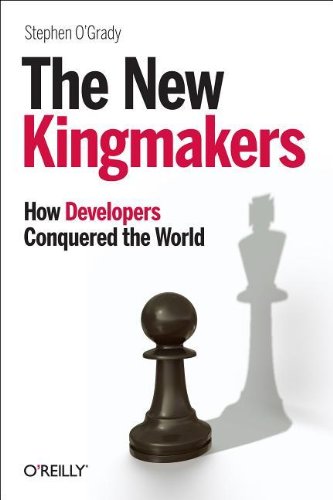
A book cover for The New Kingmakers; Stephen O'Grady; Computers & Technology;